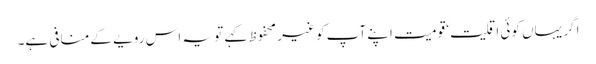
اگر یہاں کوئی اقلیت‘ قومیت اپنے آپ کو غیر محفوظ کہے تو یہ اس رویے کے منافی ہے۔